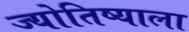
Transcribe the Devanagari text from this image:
ज्योतिष्याला